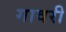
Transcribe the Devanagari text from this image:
गावरी